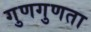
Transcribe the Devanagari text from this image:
गुणगुणता